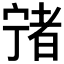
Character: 𡪄